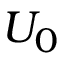
U _ { 0 }